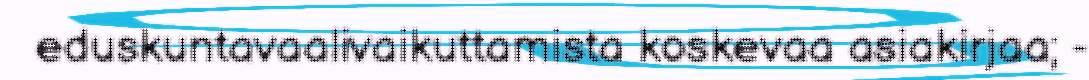
eduskuntavaalivaikuttamista koskevaa asiakirjaa; -